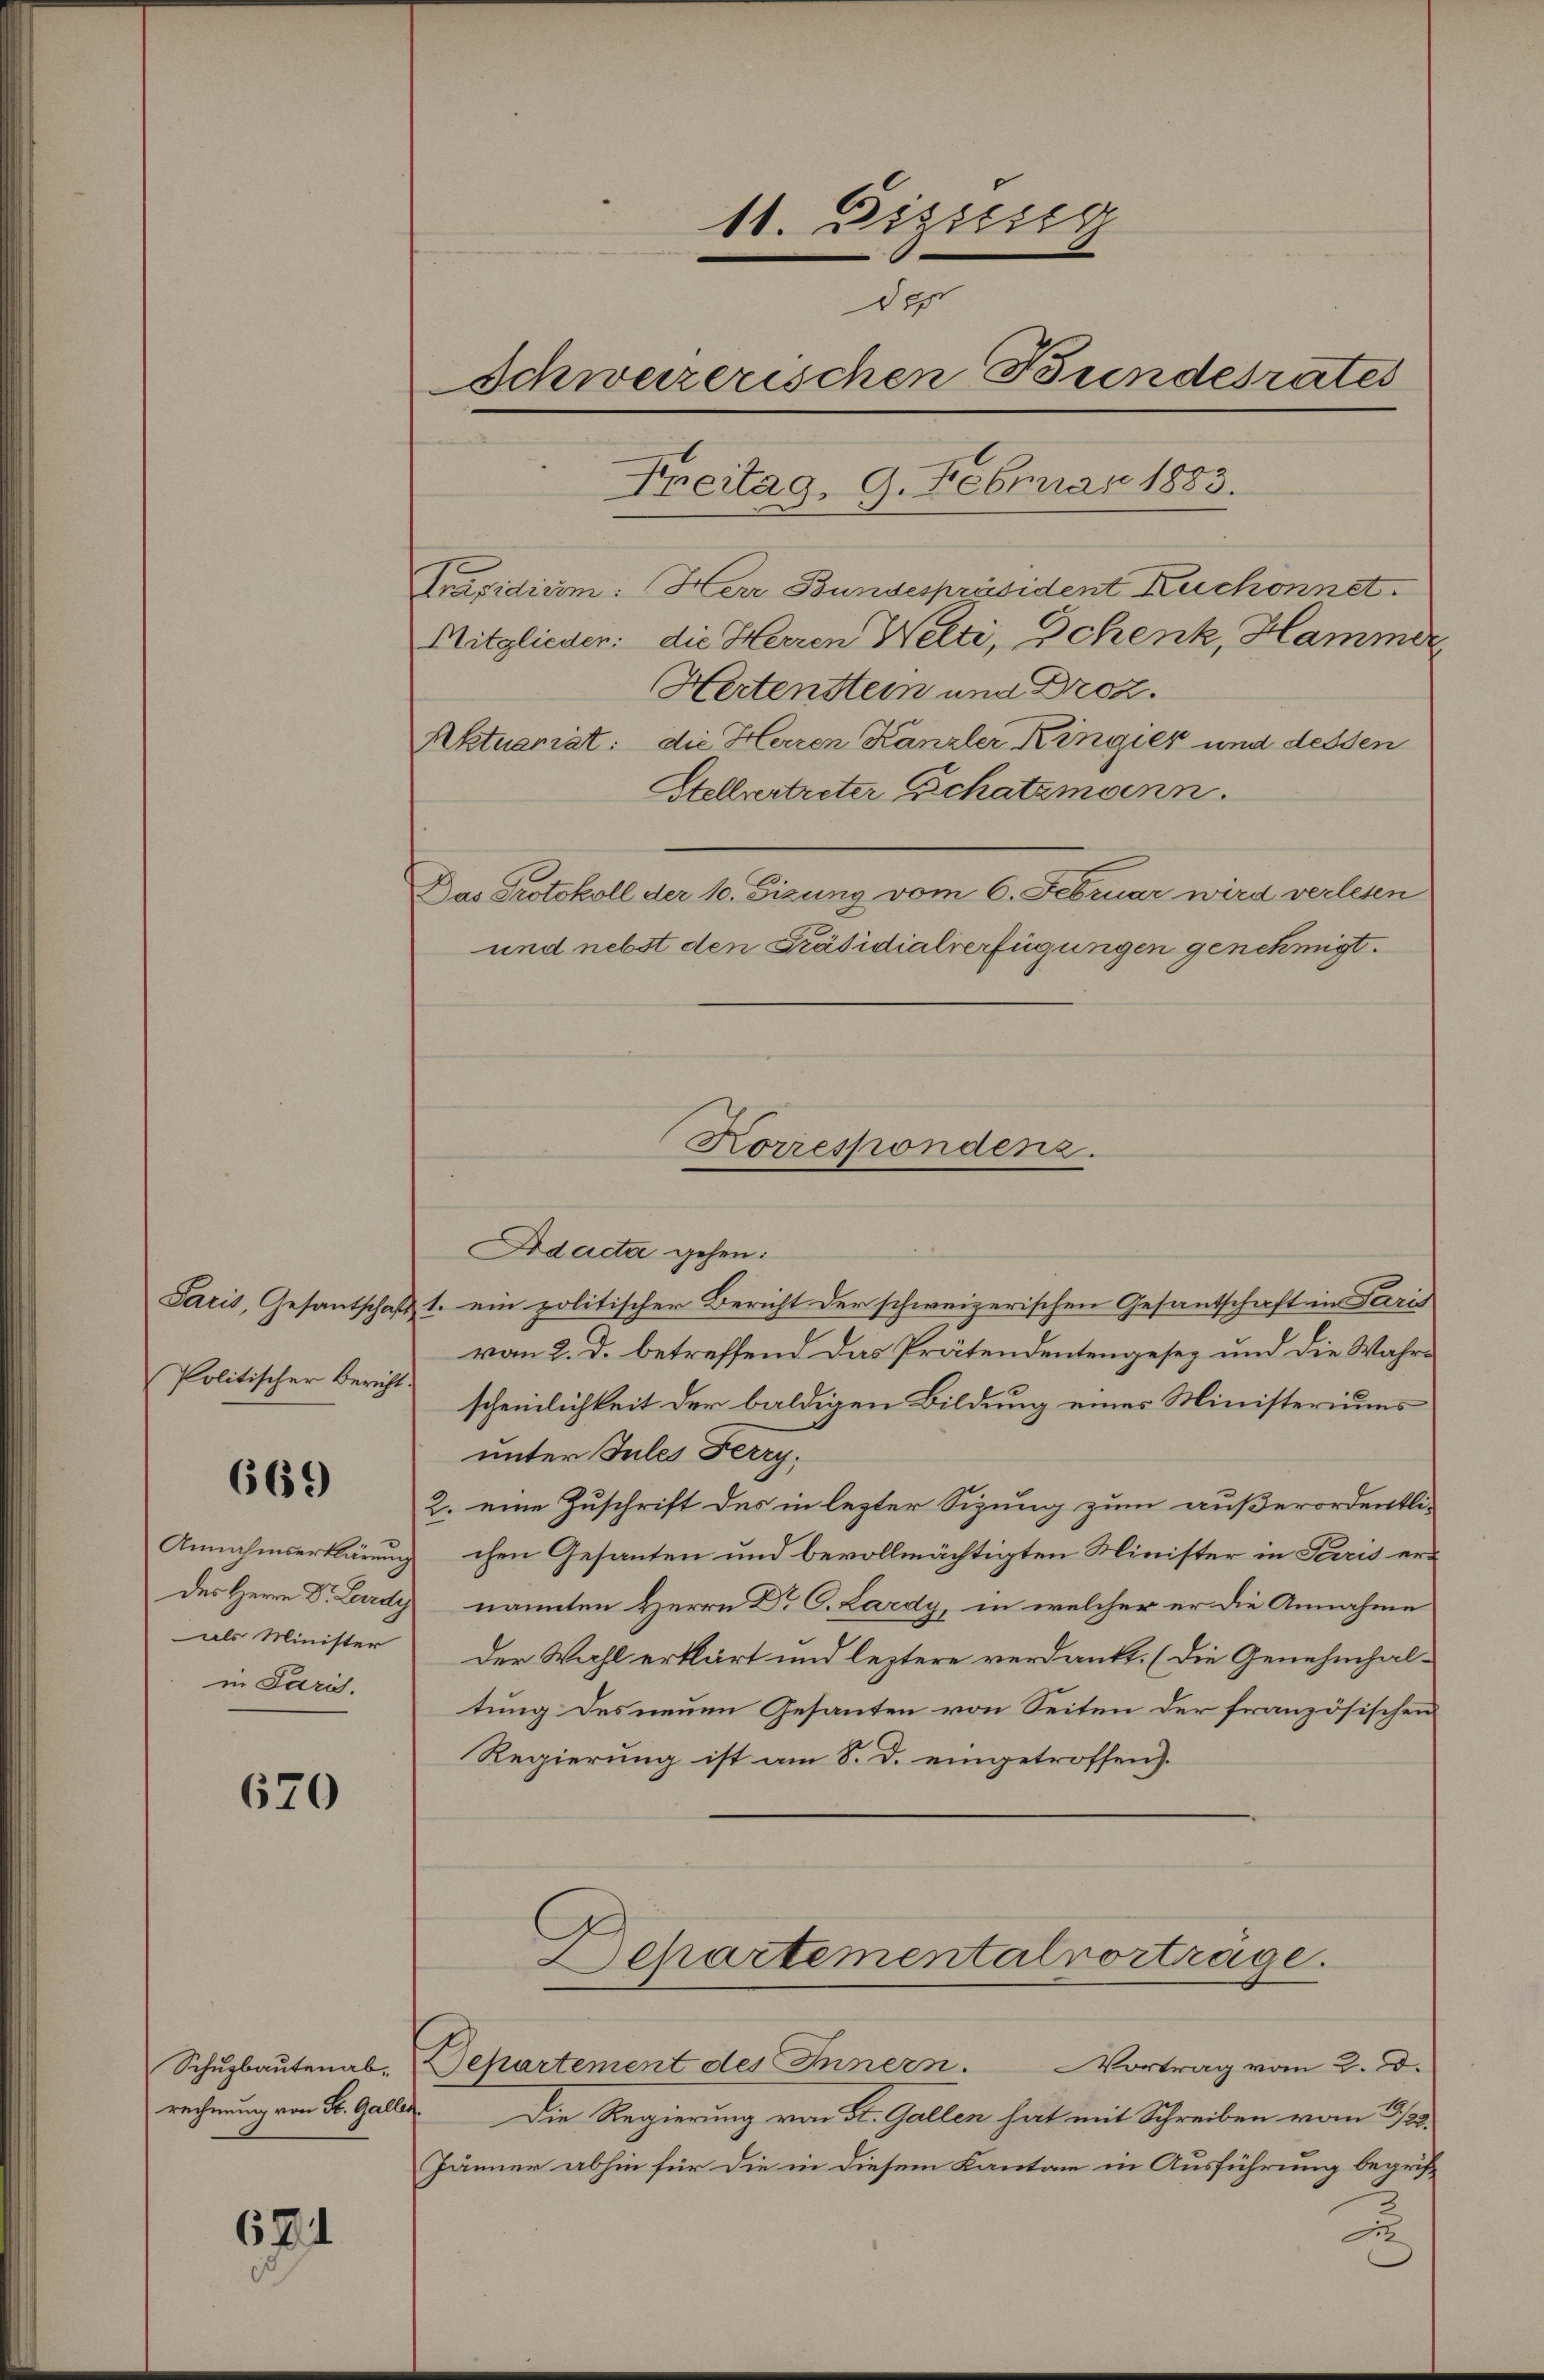
Politischer Bericht.

669

Annahmserklärung
Der Herrn Dr. Lardy
als Minister
in Paris.

670

Stellvertreter Echatzmann.
Das Protokoll der 10. Eizung vom 6. Februar wird verlesen
und nebst den Präsidialverfügungen genehmigt.

rechnung von St. Gallen

671

11. Dissere
2
des
Schweizerischen Bundesrates
Freitag. 9. Februar 1883.
Präsidium. Herr Bundespräsident Kuchonnet.
Mitglieder: die Herren Welti, Schenk, Hamme
Hertenstein und Droz.

Aktuariat: die Herren Kanzler Kingier und dessen

Korrespondenz.

Departemental vortrage.

Adacta gehen:
Paris, Gesantschaft 1. ein politischer Bericht der schweizerischen Gesantschaft in Paris
von 2. d. betreffend. Das Prätendentengesez und die Wahre
scheinlichkeit der baldigen Bildung eines Ministeriums
unter Jules Ferry,
2. eine Zuschrift des in lezter Sizung zum außerordentlichen Gesanten und bevollmächtigten Minister in Paris ernannten Herrn Dr C. Lardy, in welcher er die Annahme
Der Wahl erklärt und leztere verdankt. (Die Genehmhaltung des neuen Gesanten von Seiten der französischen
Regierung ist am 8. d. eingetroffen).

Schuzbautenab. Departement des Innern. Vortrag vom 2. d.
Die Regierung von St. Gallen hat mit Schreiben vom 2/3.
Jänner abhin für die in diesem Kantone in Ausführung begrif¬
2